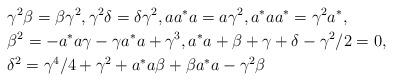
LaTeX: \begin{align*}& \gamma^2 \beta = \beta \gamma^2 , \gamma^2 \delta = \delta \gamma^2, aa^*a=a \gamma^2, a^* a a^* = \gamma^2 a^*, \\&\beta^2= -a^* a \gamma - \gamma a^*a+ \gamma^3, a^*a+\beta+\gamma + \delta - \gamma^2/2=0, \\ & \delta^2 =\gamma^4/4+\gamma^2+a^* a \beta + \beta a^* a -\gamma^2 \beta \end{align*}